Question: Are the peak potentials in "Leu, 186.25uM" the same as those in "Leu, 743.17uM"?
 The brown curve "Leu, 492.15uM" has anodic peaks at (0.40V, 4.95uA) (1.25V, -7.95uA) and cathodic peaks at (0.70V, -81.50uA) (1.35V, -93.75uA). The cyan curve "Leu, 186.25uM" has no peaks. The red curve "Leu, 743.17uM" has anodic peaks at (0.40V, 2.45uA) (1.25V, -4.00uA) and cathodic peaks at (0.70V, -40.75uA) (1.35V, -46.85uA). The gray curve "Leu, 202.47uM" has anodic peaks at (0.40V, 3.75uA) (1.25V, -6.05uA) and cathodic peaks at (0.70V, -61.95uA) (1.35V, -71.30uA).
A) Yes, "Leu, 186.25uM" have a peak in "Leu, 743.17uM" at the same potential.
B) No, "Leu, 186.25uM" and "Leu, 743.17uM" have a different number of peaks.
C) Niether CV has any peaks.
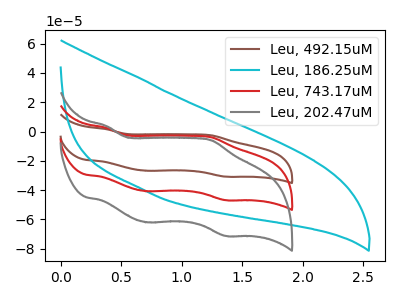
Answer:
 <answer>B) No, "Leu, 186.25uM" and "Leu, 743.17uM" have a different number of peaks.</answer>
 <eval>B</eval>